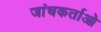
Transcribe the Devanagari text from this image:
जांचकर्ताओ